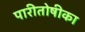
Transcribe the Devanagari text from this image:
पारीतोषीका